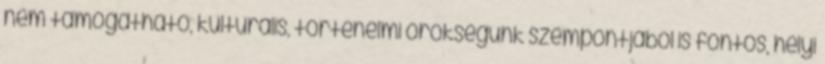
nem támogatható, kulturális, történelmi örökségünk szempontjából is fontos, helyi